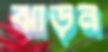
ঝাড়ন